Riigikantselei, lk 96
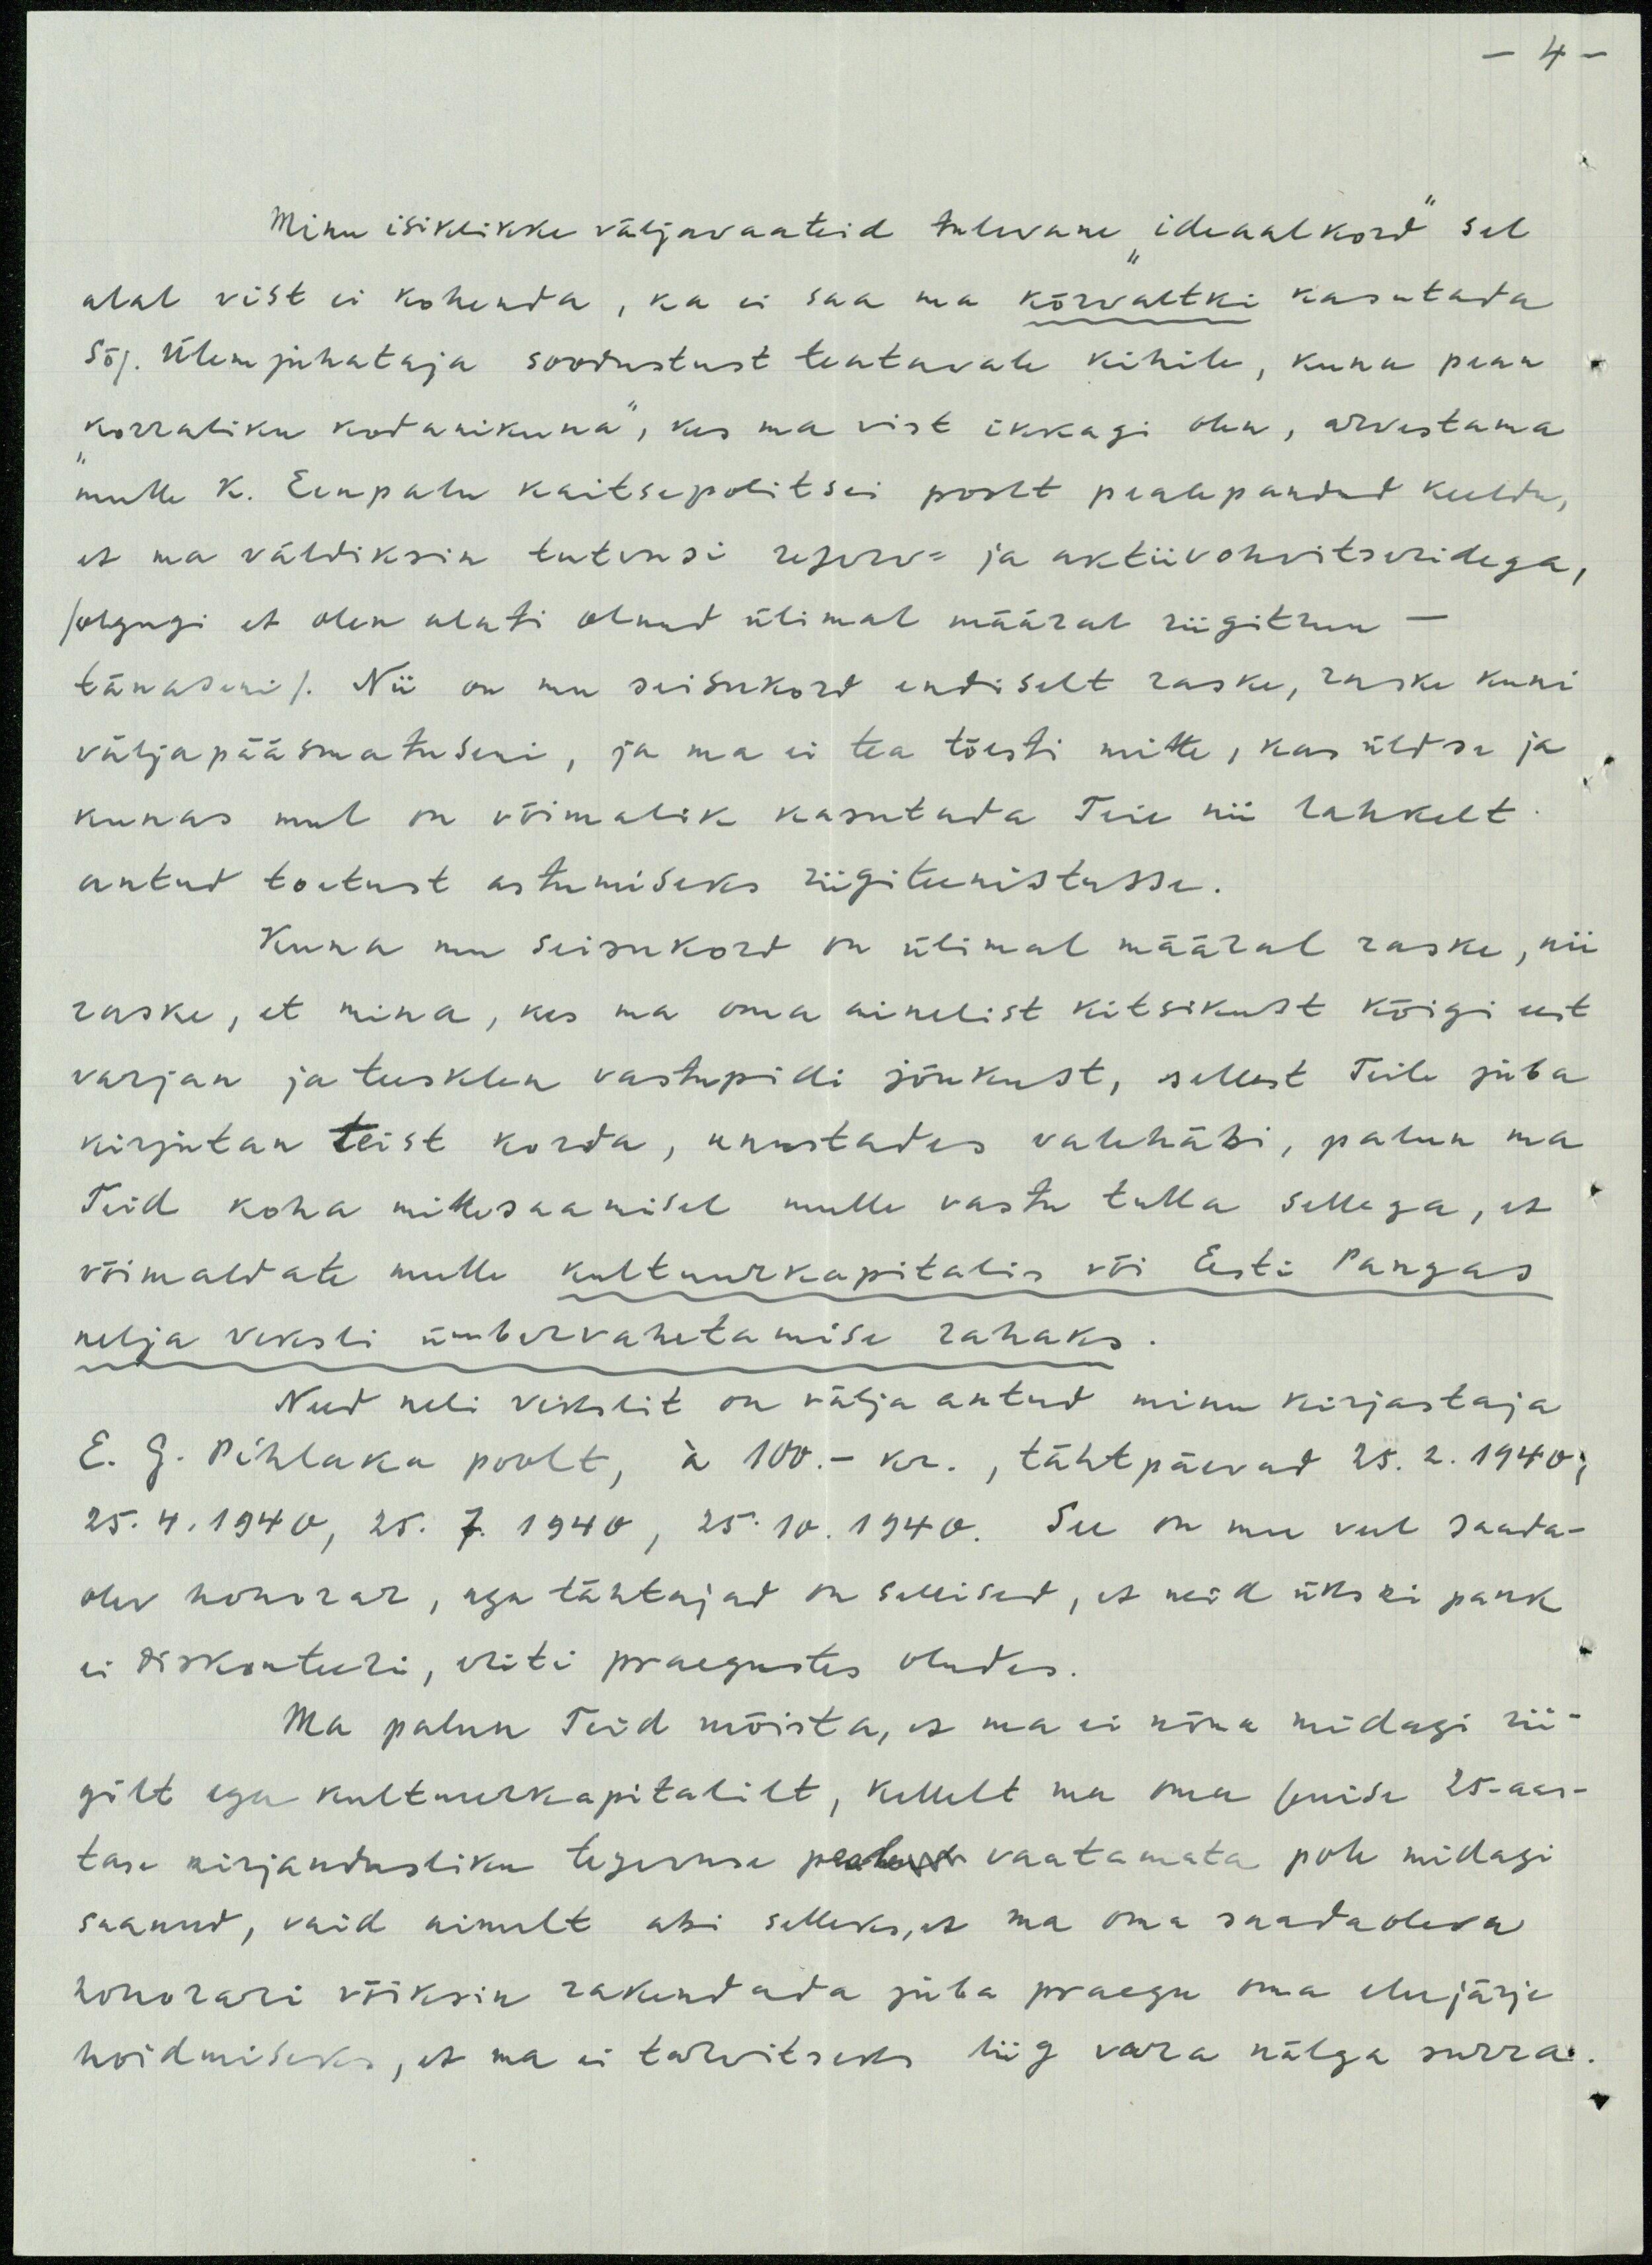
4
Minu isiklikku väljavaateid tulevane "ideaalkord" sel
alal vist ei kohenda, ka ei saa ma kõrvaltki kasutada
Sõj. Ülemjuhataja soodustust teatavale kihile, kuna pean
"korraliku kodanikuna", kes ma vist ikkagi olen, arvestama
mulle K. Eenpalu kaitsepolitsei poolt peale pandud keeldu,
et ma väldiksin tutvusi reserv ja aktivohvitseridega,
/olgugi et olen alati olnud ülemal määral riigitruu-
tänaseni/. Nii on mu seisukord endiselt raske, raske kuni
väljapääsmatusesi, ja ma ei tea tõesti mitte, kas üldse ja
kunas mul on võimalik kasutada Teie nii lahkelt
antud toetust astumiseks riigiteenistusse.
Kuna mu seisukord on ülemal määral raske, nii
raske, et mina, kes ma oma ainelist kitsikust kõigi eest
varjan ja teesklen vastupidi jõukust, sellest Teile juba
kirjutan teist korda, unustades valehäbi, palun ma
Teid koha millesaamisel mulle vastu tulla sellega, et
võimaldate mulle kultuurkapitalis või Eesti Pangas
nelja veksli ümbervahetamise rahaks
Need neli vekslit on välja antud minu kirjastaja
E. G. Pihlaka poolt, á 100.-kr., tähtpäevad 25.2. 1940,
25.4. 1940, 25.7.1940. 25.10.1940. See on mu veel saada-
olev honorar, aga tähtajad on sellised, et neid ükski pank
ei diskonteeri, eriti praegustes oludes.
Ma palun Teid mõista, et ma ei nõua midagi rii-
gilt ega kultuurkapitalilt, kellelt ma oma senise 25-aas-
tase kirjandusliku tegevuse pealeks vaatamata pole midagi
saanud, vaid ainult abi selleks, et ma oma saadaoleva
honorari võiksin rakendada juba praegu oma elujärje
hoidmiseks, et ma ei tarvitseks liig vara nälga surra.